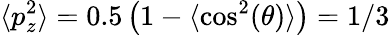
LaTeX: \langle p_{z}^{2}\rangle=0.5\left(1-\langle\cos^{2}(\theta)\rangle\right)=1/3